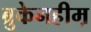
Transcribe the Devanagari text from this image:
ब्रुकेनहीम़